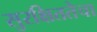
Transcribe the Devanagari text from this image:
सुरक्षिततेचा